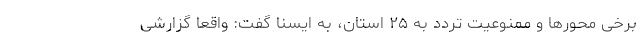
برخی محورها و ممنوعیت تردد به ۲۵ استان، به ایسنا گفت: واقعا گزارشی